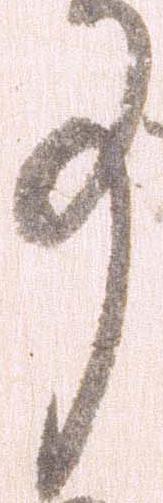
事